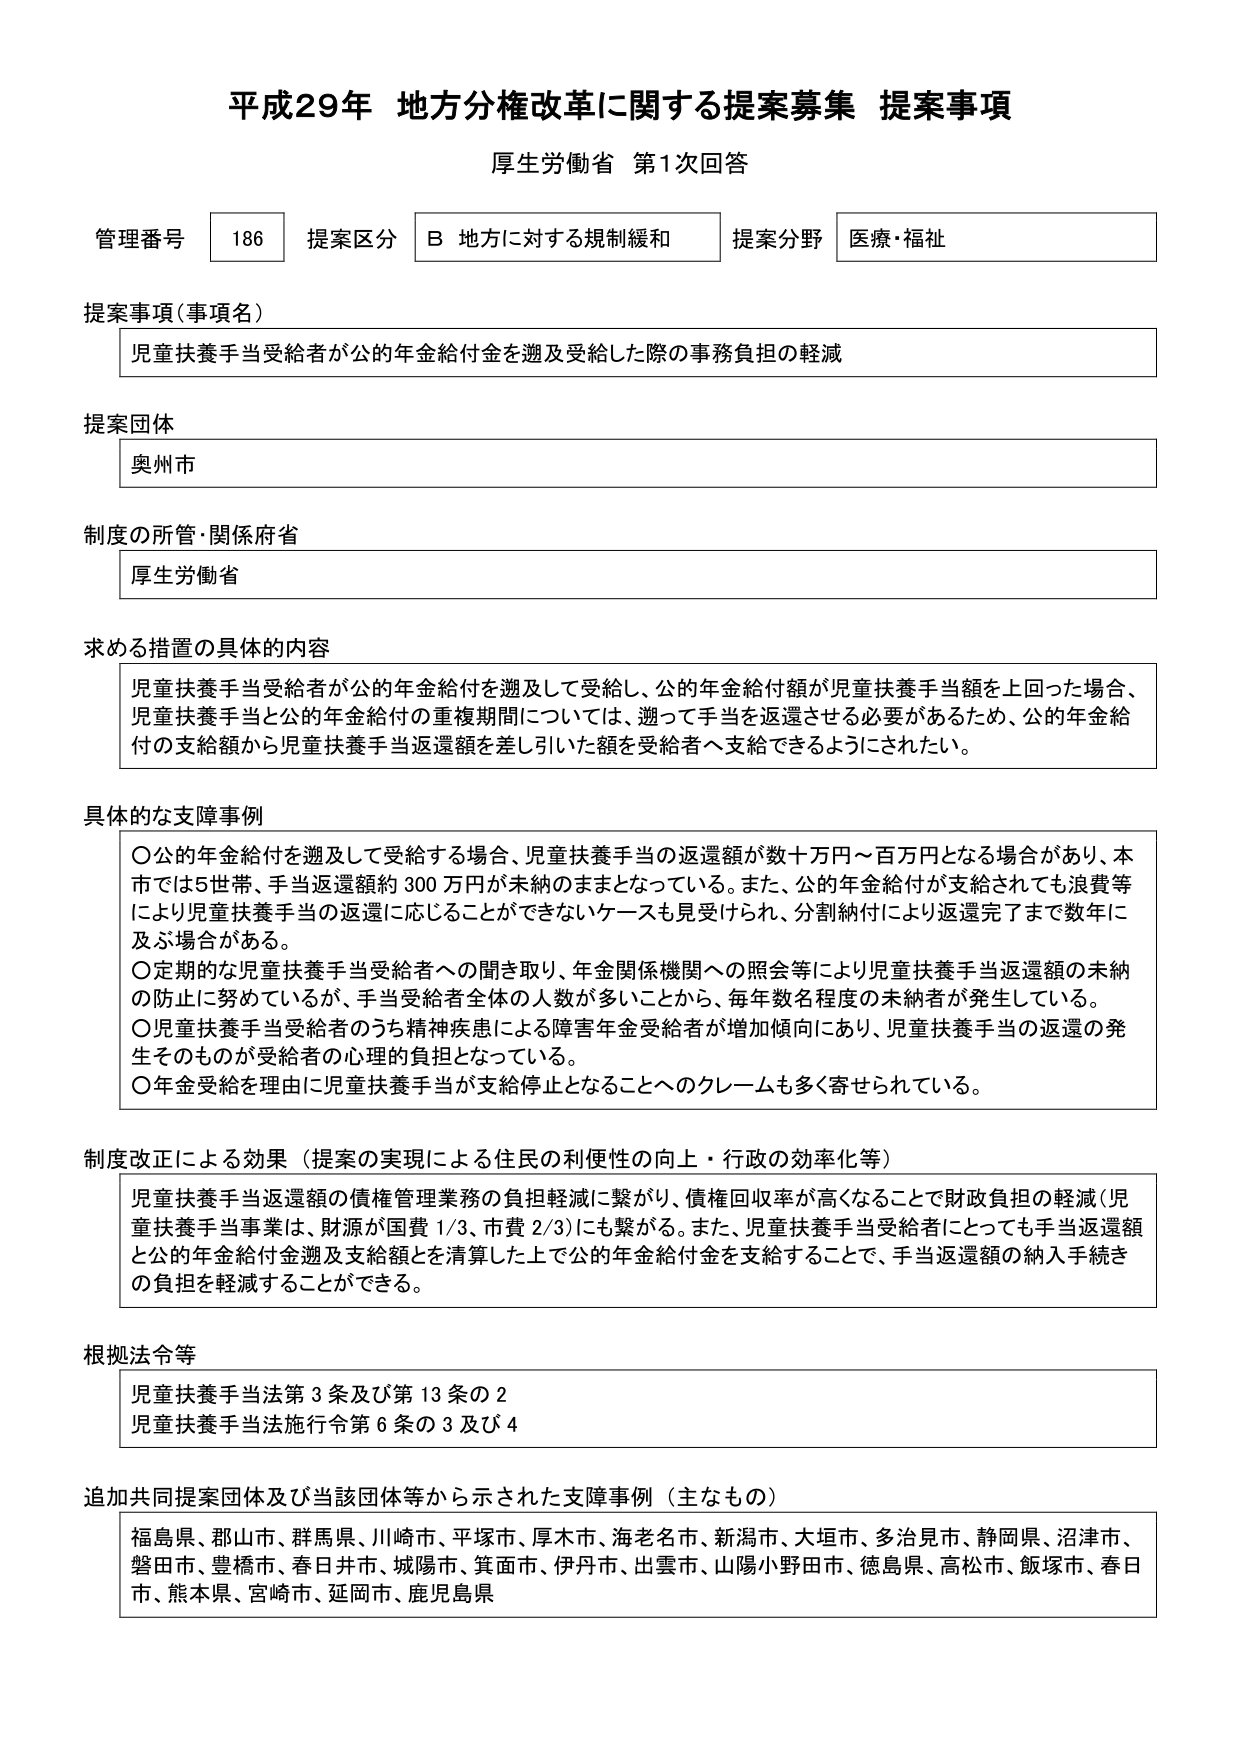
平成29年 地方分権改革に関する提案募集 提案事項
厚生労働省 第1次回答

管理番号 186 提案区分 B 地方に対する規制緩和 提案分野 医療・福祉

提案事項（事項名）
児童扶養手当受給者が公の年金給付金を遡及受給した際の事務負担の軽減

提案団体
奥州市

制度の所管・関係府省
厚生労働省

求める措置の具体的内容
児童扶養手当受給者が公の年金給付を遡及して受給し、公的年金給付額が児童扶養手当額を上回った場合、児童扶養手当と公的年金給付の重複期間については、遡って手当を返還させる必要があるため、公的年金給付の支給額から児童扶養手当返還額を差し引いた額を受給者へ支給できるようにされたい。

具体的な支障事例
〇公的年金給付を遡及して受給する場合、児童扶養手当の返還額が数十万円～百万円となる場合があり、本市では5世帯、手当返還額約300万円が未納のままとなっている。また、公的年金給付が支給されても浪費等により児童扶養手当の返還に応じることができないケースも見受けられ、分割納付により返還完了まで数年に及ぶ場合がある。
〇定期的な児童扶養手当受給者への聞き取り、年金関係機関への照会等により児童扶養手当返還額の未納の防止に努めているが、手当受給者全体の人数が多いことから、毎年数名程度の未納者が発生している。
〇児童扶養手当受給者のうち精神疾患による障害年金受給者が増加傾向にあり、児童扶養手当の返還の発生そのものが受給者の心理的負担となっている。
〇年金受給を理由に児童扶養手当が支給停止となることへのクレームも多く寄せられている。

制度改正による効果（提案の実現による住民の利便性の向上・行政の効率化等）
児童扶養手当返還額の債権管理業務の負担軽減に繋がり、債権回収率が高くなることで財政負担の軽減（児童扶養手当事業は、財源が国費1/3、市費2/3）にも繋がる。また、児童扶養手当受給者にとっても手当返還額と公的年金給付金遡及支給額とを清算した上で公的年金給付金を支給することで、手当返還額の納入手続きの負担を軽減することができる。

根拠法令等
児童扶養手当法第3条及び第13条の2
児童扶養手当法施行令第6条の3及び4

追加共同提案団体及び当該団体等から示された支障事例（主なもの）
福島県、郡山市、群馬県、川崎市、平塚市、厚木市、海老名市、新潟市、大垣市、多治見市、静岡県、沼津市、磐田市、豊橋市、春日井市、城陽市、箕面市、伊丹市、出雲市、山陽小野田市、徳島県、高松市、飯塚市、春日市、熊本県、宮崎市、延岡市、鹿児島県